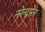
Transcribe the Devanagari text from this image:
नरेन्द्रसेन